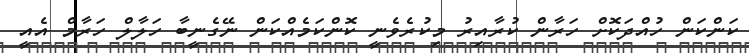
ކަންކަން ހުއްދަކޮށް ހަރާން ކުރާއިރު މިކުރެވެނީ ކޮންކަމެއްކަން ނޭގެނީބާ ހަލާލް ހަރާމް އެއީ